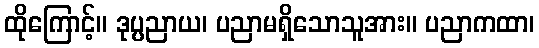
ထိုကြောင့်။ ဒုပ္ပညာယ၊ ပညာမရှိသောသူအား။ ပညာကထာ၊